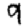
Digit: 9